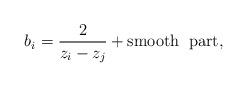
LaTeX: \begin{align*}b_{i}=\frac{2}{z_{i}-z_{j}} +{\rm{smooth\; \; part}},\end{align*}